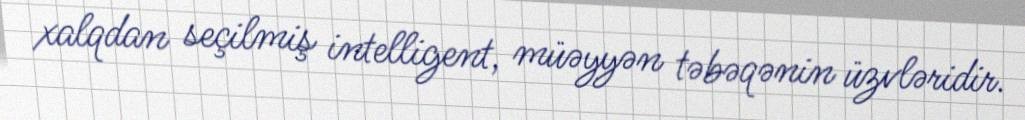
xalqdan seçilmiş intelligent, müəyyən təbəqənin üzvləridir.